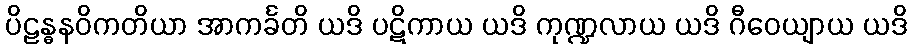
ပိဠန္ဓနဝိကတိယာ အာကင်္ခတိ ယဒိ ပဋိကာယ ယဒိ ကုဏ္ဍလာယ ယဒိ ဂီဝေယျာယ ယဒိ